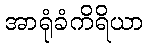
အာရုံခံကိရိယာ